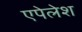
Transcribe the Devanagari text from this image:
एपेलेश